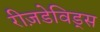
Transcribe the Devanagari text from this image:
रीज़डेविड्स